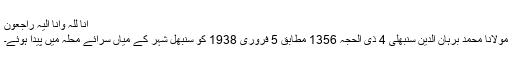
انَّا لِلّٰہ وَاِنَّا اِلَيہ رَاجِعون
مولانا محمد برہان الدین سنبھلی 4 ذی الحجہ 1356 مطابق 5 فروری 1938 کو سنبھل شہر کے میاں سرائے محلہ میں پیدا ہوئے۔